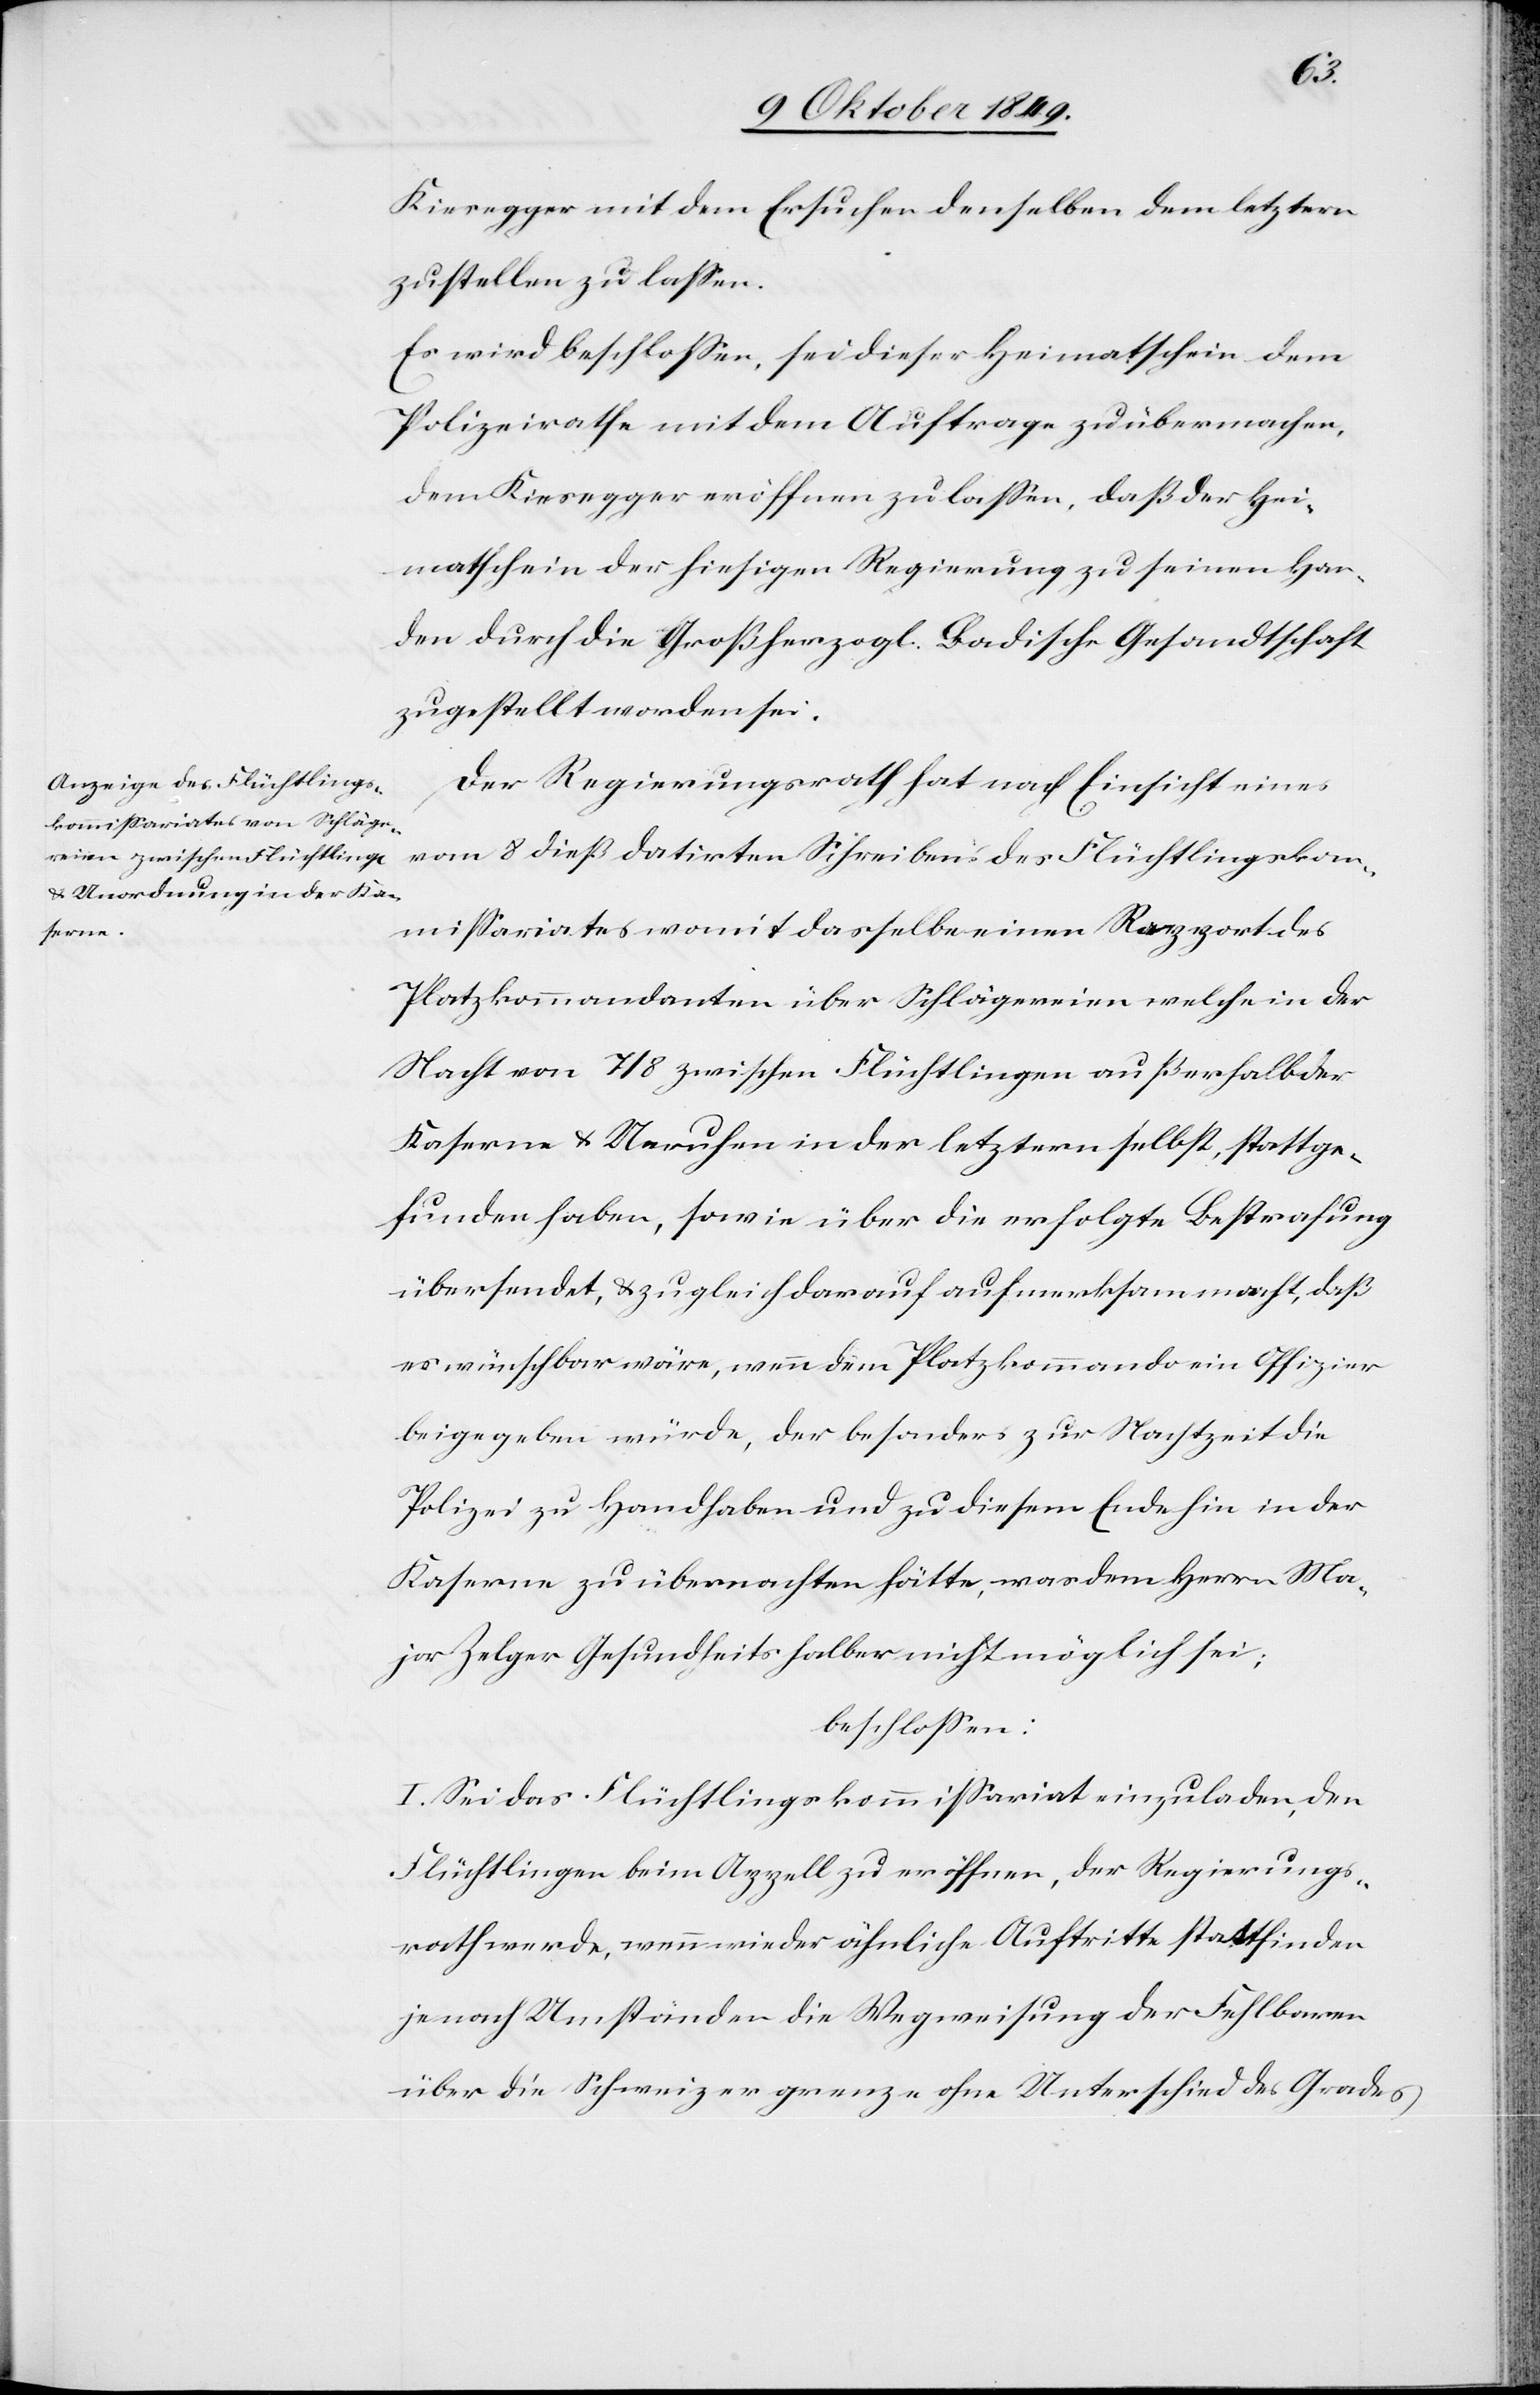
Kiesegger mit dem Ersuchen denselben dem letztern
zustellen zu laßen.
Es wird beschloßen, sei dieser Heimatschein dem
Polizeirathe mit dem Auftrage zu übermachen,
dem Kiesegger eröffnen zu laßen, daß der Hei¬
matschein der hiesigen Regierung zu seinen Han¬
den durch die Großherzogl. Badische Gesandtschaft
zugestellt worden sei.
Der Regierungsrath hat nach Einsicht eines
vom 8 dieß datirten Schreibens des Flüchtlingskom¬
mißariates womit dasselbe einen Rapport des
Platzkommandanten über Schlägereien welche in der
Nacht von 7/8 zwischen Flüchtlingen außerhalb der
Kaserne u. Unruhen in der letztern selbst, stattge¬
funden haben, sowie über die erfolgte Bestrafung
übersendet, u. zugleich darauf aufmerksam macht, daß
es wünschbar wäre, wenn dem Platzkommando ein Offizier
beigegeben würde, der besonders zur Nachtzeit die
Polizei zu Hand haben und zu diesem Ende hin in der
Kaserne zu übernachten hätte, was dem Herrn Ma¬
jor Zelger Gesundheits halber nicht möglich sei;
beschloßen:
I. Sei das Flüchtlingskommißariat einzuladen, den
Flüchtlingen beim Appell zu eröffnen, der Regierungs¬
rath werde, wenn wieder ähnliche Auftritte stattfinden
je nach Umständen die Wegweisung der Fehlbaren
über die Schweizergrenze ohne Unterschied des Grades